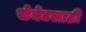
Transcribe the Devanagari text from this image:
सेनेटसाठी